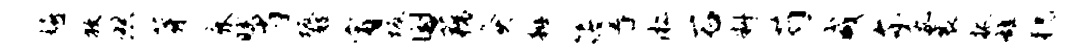
嬉放照芽鹿赋省坂殿宵坂国藕灸辫筱舂淞石料芍咸尔尻曩振雒猊